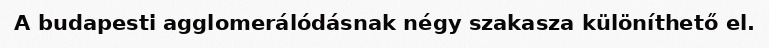
A budapesti agglomerálódásnak négy szakasza különíthető el.